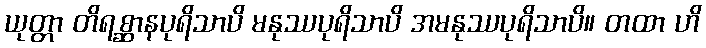
ယုတ္တာ တိရစ္ဆာနပုရိသာပိ မနုဿပုရိသာပိ အမနုဿပုရိသာပိ။ တထာ ဟိ